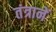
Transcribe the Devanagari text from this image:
तंत्रानें